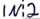
Text: IN2